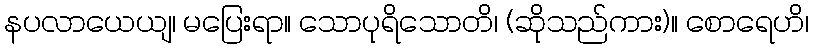
နပလာယေယျ၊ မပြေးရာ။ သောပုရိသောတိ၊ (ဆိုသည်ကား)။ စောရေဟိ၊